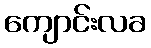
ကျောင်းလခ